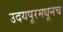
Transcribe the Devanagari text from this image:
उदयपूरमधूनच